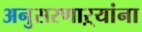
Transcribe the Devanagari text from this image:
अनुसरणाऱ्यांना